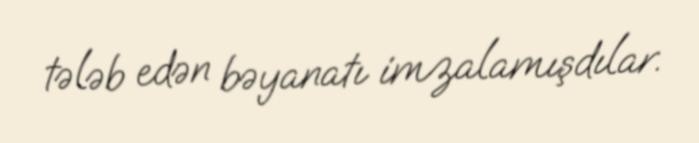
tələb edən bəyanatı imzalamışdılar.